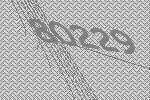
80229